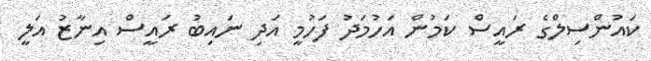
ކައުންސިލްގެ ރައީސް ކަމުން އަހުމަދު ފަހުމީ އަދި ނައިބު ރައީސް އިނާޒު އަލީ